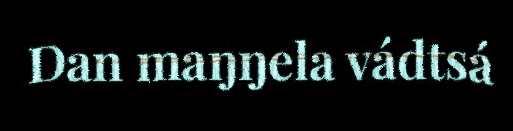
Dan maŋŋela vádtsá